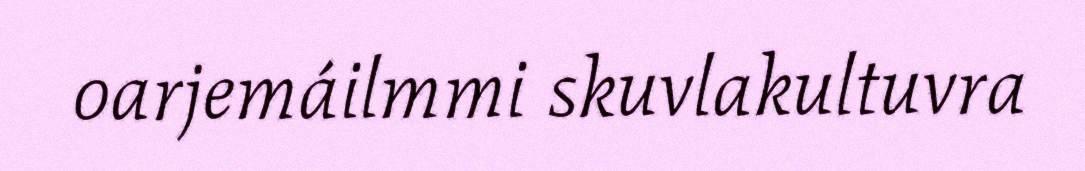
oarjemáilmmi skuvlakultuvra